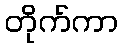
တိုက်ကာ